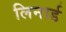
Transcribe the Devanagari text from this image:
लिनार्ड